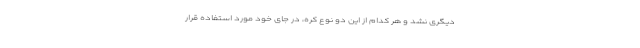
دیگری نشد و هر کدام از این دو نوع کره، در جای خود مورد استفاده قرار